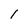
Character: 1